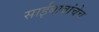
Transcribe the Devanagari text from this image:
साईबाबांचेच